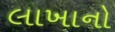
લાખાનો